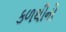
કળથીનો